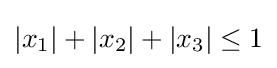
|x_{1}|+|x_{2}|+|x_{3}|\leq 1